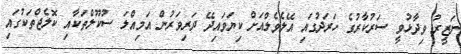
ނަޒީރު ވިދާޅުވީ ސަރުކާރުގެ ހަރަދުގައި އޭލެވެލްއަށް ކިޔަވައިދޭ ދަރިވަރުން އަމިއްލަ ސުކޫލްތަކާއި ކޮލެޖްތަކުގައި